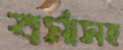
বর্মাসহ